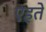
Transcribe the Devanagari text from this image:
एहते